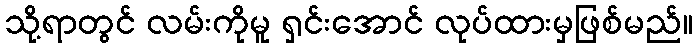
သို့ရာတွင် လမ်းကိုမူ ရှင်းအောင် လုပ်ထားမှဖြစ်မည်။